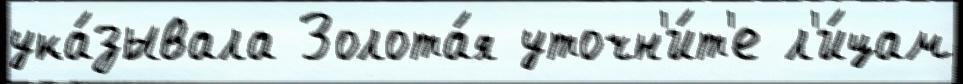
ука́зывала Золота́я уточн'и́т'е л'и́цам